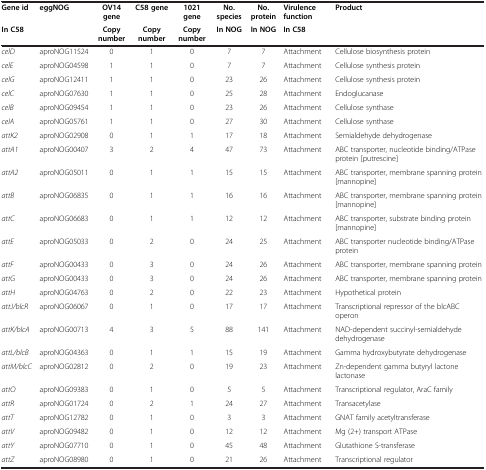
<table><thead><tr><td><b>Gene id</b></td><td><b>eggNOG</b></td><td><b>OV14 gene</b></td><td><b>C58 gene</b></td><td><b>1021 gene</b></td><td><b>No. species</b></td><td><b>No. protein</b></td><td><b>Virulence function</b></td><td><b>Product</b></td></tr><tr><td><b>In C58</b></td><td><b> </b></td><td><b>Copy number</b></td><td><b>Copy number</b></td><td><b>Copy number</b></td><td><b>In NOG</b></td><td><b>In NOG</b></td><td><b>In C58</b></td><td><b> </b></td></tr></thead><tbody><tr><td><i>celD</i></td><td>aproNOG11524</td><td>0</td><td>1</td><td>0</td><td>7</td><td>7</td><td>Attachment</td><td>Cellulose biosynthesis protein</td></tr><tr><td><i>celE</i></td><td>aproNOG04598</td><td>1</td><td>1</td><td>0</td><td>7</td><td>7</td><td>Attachment</td><td>Cellulose synthesis protein</td></tr><tr><td><i>celG</i></td><td>aproNOG12411</td><td>1</td><td>1</td><td>0</td><td>23</td><td>26</td><td>Attachment</td><td>Cellulose synthesis protein</td></tr><tr><td><i>celC</i></td><td>aproNOG07630</td><td>1</td><td>1</td><td>0</td><td>25</td><td>28</td><td>Attachment</td><td>Endoglucanase</td></tr><tr><td><i>celB</i></td><td>aproNOG09454</td><td>1</td><td>1</td><td>0</td><td>23</td><td>26</td><td>Attachment</td><td>Cellulose synthase</td></tr><tr><td><i>celA</i></td><td>aproNOG05761</td><td>1</td><td>1</td><td>0</td><td>27</td><td>30</td><td>Attachment</td><td>Cellulose synthase</td></tr><tr><td><i>attK2</i></td><td>aproNOG02908</td><td>0</td><td>1</td><td>1</td><td>17</td><td>18</td><td>Attachment</td><td>Semialdehyde dehydrogenase</td></tr><tr><td><i>attA1</i></td><td>aproNOG00407</td><td>3</td><td>2</td><td>4</td><td>47</td><td>73</td><td>Attachment</td><td>ABC transporter, nucleotide binding/ATPase protein [putrescine]</td></tr><tr><td><i>attA2</i></td><td>aproNOG05011</td><td>0</td><td>1</td><td>1</td><td>15</td><td>15</td><td>Attachment</td><td>ABC transporter, membrane spanning protein [mannopine]</td></tr><tr><td><i>attB</i></td><td>aproNOG06835</td><td>0</td><td>1</td><td>1</td><td>16</td><td>16</td><td>Attachment</td><td>ABC transporter, membrane spanning protein [mannopine]</td></tr><tr><td><i>attC</i></td><td>aproNOG06683</td><td>0</td><td>1</td><td>1</td><td>12</td><td>12</td><td>Attachment</td><td>ABC transporter, substrate binding protein [mannopine]</td></tr><tr><td><i>attE</i></td><td>aproNOG05033</td><td>0</td><td>2</td><td>0</td><td>24</td><td>25</td><td>Attachment</td><td>ABC transporter nucleotide binding/ATPase protein</td></tr><tr><td><i>attF</i></td><td>aproNOG00433</td><td>0</td><td>3</td><td>0</td><td>24</td><td>26</td><td>Attachment</td><td>ABC transporter, membrane spanning protein</td></tr><tr><td><i>attG</i></td><td>aproNOG00433</td><td>0</td><td>3</td><td>0</td><td>24</td><td>26</td><td>Attachment</td><td>ABC transporter, membrane spanning protein</td></tr><tr><td><i>attH</i></td><td>aproNOG04763</td><td>0</td><td>2</td><td>0</td><td>22</td><td>23</td><td>Attachment</td><td>Hypothetical protein</td></tr><tr><td><i>attJ/blcR</i></td><td>aproNOG06067</td><td>0</td><td>1</td><td>0</td><td>17</td><td>17</td><td>Attachment</td><td>Transcriptional repressor of the blcABC operon</td></tr><tr><td><i>attK/blcA</i></td><td>aproNOG00713</td><td>4</td><td>3</td><td>5</td><td>88</td><td>141</td><td>Attachment</td><td>NAD-dependent succinyl-semialdehyde dehydrogenase</td></tr><tr><td><i>attL/blcB</i></td><td>aproNOG04363</td><td>0</td><td>1</td><td>1</td><td>15</td><td>19</td><td>Attachment</td><td>Gamma hydroxybutyrate dehydrogenase</td></tr><tr><td><i>attM/blcC</i></td><td>aproNOG02812</td><td>0</td><td>2</td><td>0</td><td>19</td><td>23</td><td>Attachment</td><td>Zn-dependent gamma butyryl lactone lactonase</td></tr><tr><td><i>attO</i></td><td>aproNOG09383</td><td>0</td><td>1</td><td>0</td><td>5</td><td>5</td><td>Attachment</td><td>Transcriptional regulator, AraC family</td></tr><tr><td><i>attR</i></td><td>aproNOG01724</td><td>0</td><td>2</td><td>1</td><td>24</td><td>27</td><td>Attachment</td><td>Transacetylase</td></tr><tr><td><i>attT</i></td><td>aproNOG12782</td><td>0</td><td>1</td><td>0</td><td>3</td><td>3</td><td>Attachment</td><td>GNAT family acetyltransferase</td></tr><tr><td><i>attV</i></td><td>aproNOG09482</td><td>0</td><td>1</td><td>0</td><td>12</td><td>12</td><td>Attachment</td><td>Mg (2+) transport ATPase</td></tr><tr><td><i>attY</i></td><td>aproNOG07710</td><td>0</td><td>1</td><td>0</td><td>45</td><td>48</td><td>Attachment</td><td>Glutathione S-transferase</td></tr><tr><td><i>attZ</i></td><td>aproNOG08980</td><td>0</td><td>1</td><td>0</td><td>21</td><td>26</td><td>Attachment</td><td>Transcriptional regulator</td></tr></tbody></table>